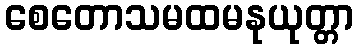
စေတောသမထမနုယုတ္တာ